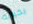
بخيانة